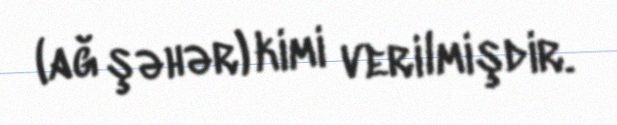
(ağ şəhər) kimi verilmişdir.